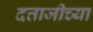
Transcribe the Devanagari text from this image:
दत्ताजीच्या